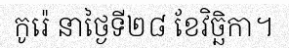
កូរ៉េ នាថ្ងៃទី២៨ ខែវិច្ឆិកា។